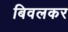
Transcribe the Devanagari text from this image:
बिवलकर